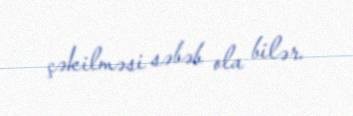
çəkilməsi səbəb ola bilər.